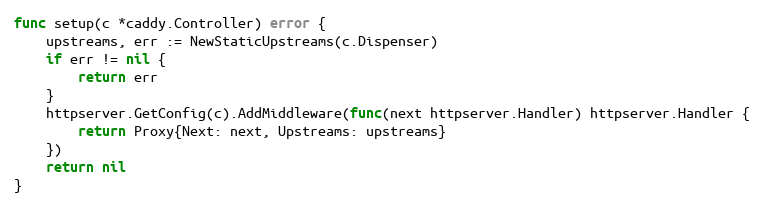
Language: Go
func setup(c *caddy.Controller) error {
	upstreams, err := NewStaticUpstreams(c.Dispenser)
	if err != nil {
		return err
	}
	httpserver.GetConfig(c).AddMiddleware(func(next httpserver.Handler) httpserver.Handler {
		return Proxy{Next: next, Upstreams: upstreams}
	})
	return nil
}